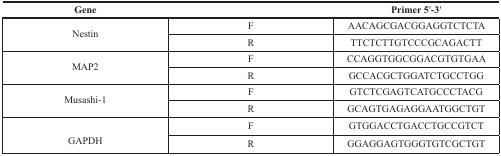
<table><thead><tr><td><b>Gene</b></td><td>[EMPTY_CELL]</td><td><b>Primer 5′-3′</b></td></tr></thead><tbody><tr><td rowspan="2">Nestin</td><td>F</td><td>AACAGCGACGGAGGTCTCTA</td></tr><tr><td>R</td><td>TTCTCTTGTCCCGCAGACTT</td></tr><tr><td rowspan="2">MAP2</td><td>F</td><td>CCAGGTGGCGGACGTGTGAA</td></tr><tr><td>R</td><td>GCCACGCTGGATCTGCCTGG</td></tr><tr><td rowspan="2">Musashi-1</td><td>F</td><td>GTCTCGAGTCATGCCCTACG</td></tr><tr><td>R</td><td>GCAGTGAGAGGAATGGCTGT</td></tr><tr><td rowspan="2">GAPDH</td><td>F</td><td>GTGGACCTGACCTGCCGTCT</td></tr><tr><td>R</td><td>GGAGGAGTGGGTGTCGCTGT</td></tr></tbody></table>